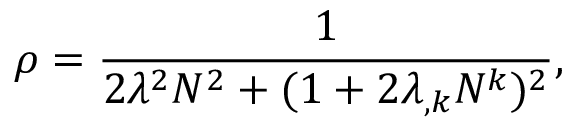
\rho = \frac { 1 } { 2 \lambda ^ { 2 } N ^ { 2 } + ( 1 + 2 \lambda _ { , k } N ^ { k } ) ^ { 2 } } ,